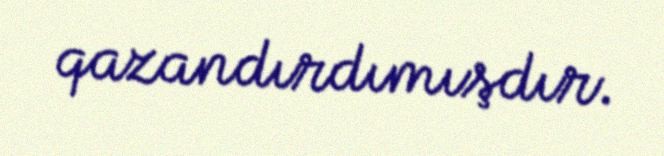
qazandırdımışdır.